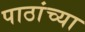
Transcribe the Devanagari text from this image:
पाठांच्या